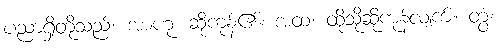
ပညာရှိတို့သည်။ အာဟု၊ ဆိုကုန်၏။ အထ၊ ထိုသို့ဆိုကုန်လျက်။ တွံ၊